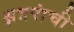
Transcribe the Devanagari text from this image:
क्षत्रपांची